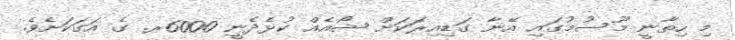
މި ހިތާނީ މޫސުމުގައި އޭނާ ގަޑިއިރަކަށް ޝޯއެއް ކުޅެދެނީ 6000ރ. ގެ އަގަކަށެވެ.